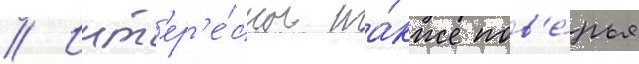
// Инт'ер'е́сны та́кже пов'е́рья